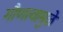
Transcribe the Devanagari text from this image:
गौणत्वामुळे